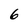
Character: 6